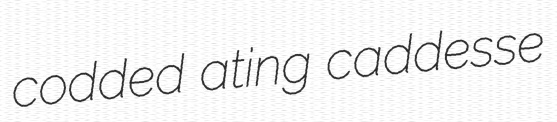
codded ating caddesse